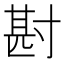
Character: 𭔶